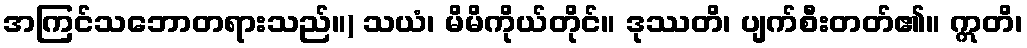
အကြင်သဘောတရားသည်။) သယံ၊ မိမိကိုယ်တိုင်။ ဒုဿတိ၊ ပျက်စီးတတ်၏။ ဣတိ၊